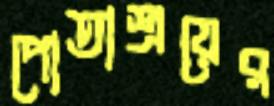
পোতাশ্রয়ের